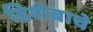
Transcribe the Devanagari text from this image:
हिशेबाचे